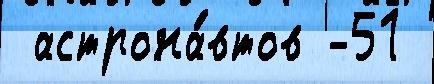
 астрона́втов -51